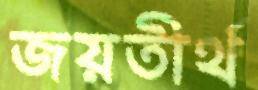
জয়তীর্থ